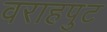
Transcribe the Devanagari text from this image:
वराहपुट